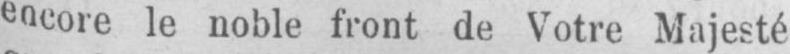
encore le noble front de Votre Majesté